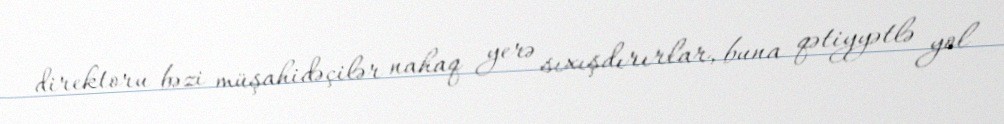
direktoru bəzi müşahidəçilər nahaq yerə sıxışdırırlar, buna qətiyyətlə yol